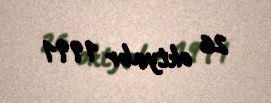
26 oktyabr 1991